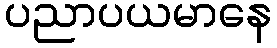
ပညာပယမာနေ